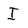
Character: I